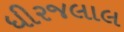
ધીરજલાલ